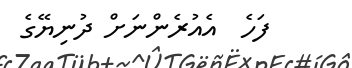
ފަހެ  އެއުރެންނަށް ދުނިޔޭގެ